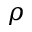
\rho